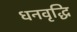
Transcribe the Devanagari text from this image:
धनवृद्धि